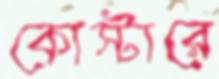
কোস্টারে